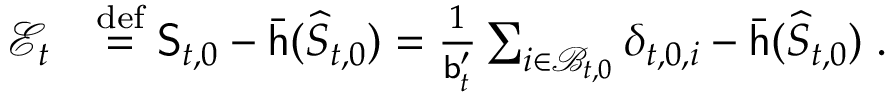
\begin{array} { r l } { \mathcal { E } _ { t } } & { \ensuremath { \stackrel { \mathrm { d e f } } { = } } \mathsf { S } _ { t , 0 } - \bar { \mathsf { h } } ( \widehat { S } _ { t , 0 } ) = \frac { 1 } { \mathsf { b } _ { t } ^ { \prime } } \sum _ { i \in \mathcal { B } _ { t , 0 } } \delta _ { t , 0 , i } - \bar { \mathsf { h } } ( \widehat { S } _ { t , 0 } ) \; . } \end{array}